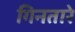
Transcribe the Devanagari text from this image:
गिनतारे